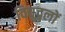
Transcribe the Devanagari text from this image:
विद्युद्बलों